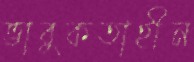
ভাবুকতাহীন